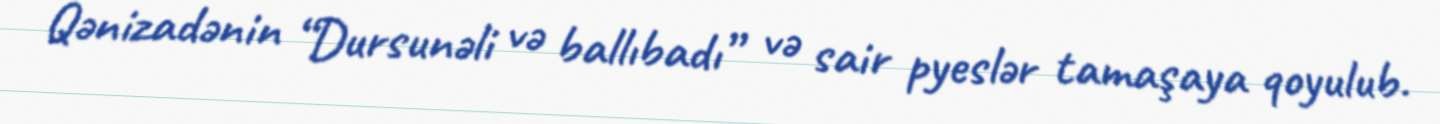
Qənizadənin “Dursunəli və ballıbadı” və sair pyeslər tamaşaya qoyulub.